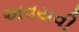
અવયવી